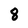
Character: 8